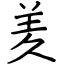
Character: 羑